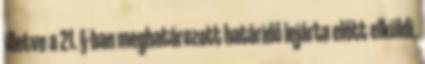
illetve a 21. §-ban meghatározott határidő lejárta előtt elküldi.